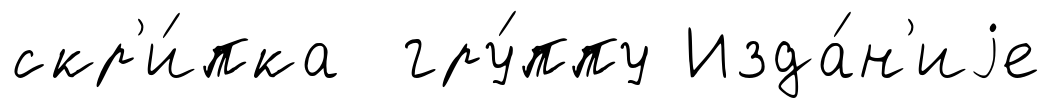
скр'и́пка гру́ппу Изда́н'иjе